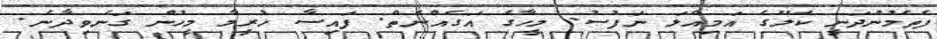
ފެތެމުންދަނީ ކަލޭގެ އަމިއްލަ ނަފުސު. މީހާގެ އަގެއްނެތް. ފައިސާ ހުރީމާ މީހުން ގަނެވިދާނެ.